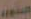
التدوير